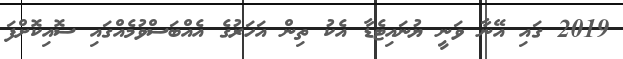
2019 ގައި އޭނާ ވަނީ ޔުނައިޓެޑާ އެކު ތިން އަހަރުގެ އެއްބަސްވުމެއްގައި ސޮއިކޮށްފަ